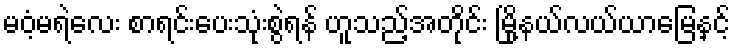
မဝံ့မရဲလေး စာရင်းပေးသုံးစွဲရန် ဟူသည့်အတိုင်း မြို့နယ်လယ်ယာမြေနှင့်